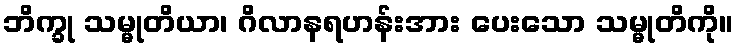
ဘိက္ခု သမ္မုတိယာ၊ ဂိလာနရဟန်းအား ပေးသော သမ္မုတိကို။